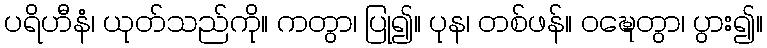
ပရိဟီနံ၊ ယုတ်သည်ကို။ ကတွာ၊ ပြု၍။ ပုန၊ တစ်ဖန်။ ဝဍ္ဎေတွာ၊ ပွား၍။